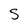
Character: S